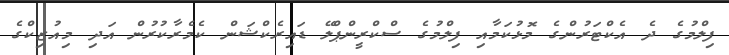
ފިލްމުގެ ދެ އެކްޓަރުންގެ މޮޅުކަމާއި ފިލްމުގެ ސްކްރީންޕްލޭ ޑައިރެކްޝަން ކެމެރާކުރުން އަދި މިއުޒިކްގެ